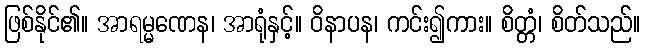
ဖြစ်နိုင်၏။ အာရမ္မဏေန၊ အာရုံနှင့်။ ဝိနာပန၊ ကင်း၍ကား။ စိတ္တံ၊ စိတ်သည်။